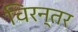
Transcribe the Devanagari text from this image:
चिरन्तर